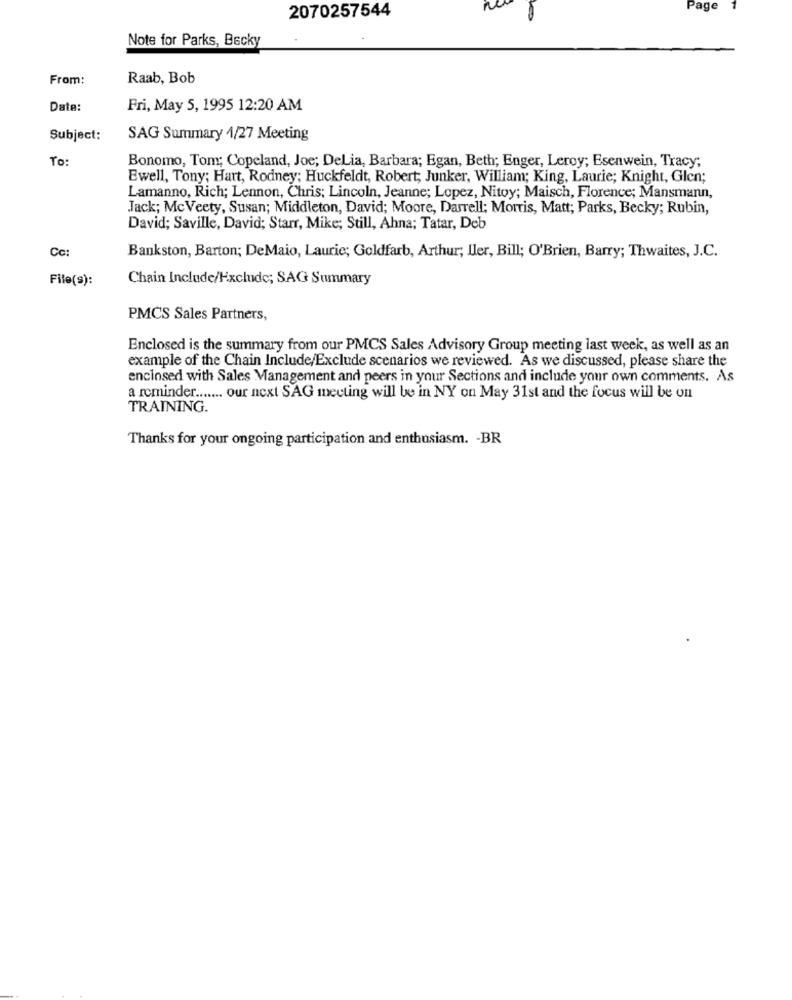
2070257544
Page
Note for Parks, Becky
From:
Raab, Bob
Date:
Fri, May 5, 1995 12:20 AM
Subject:
SAG Summary 4/27 Meeting
To:
Bonomo, Tom; Copeland, Joe; DeLia, Barbara; Egan, Beth; Enger, Leroy; Esenwein, Tracy;
Ewell, Tony; Hart, Rodney; Huckfeldt, Robert; Junker, William; King, Laurie; Knight, Glen;
Lamanno, Rich; Lennon, Chris; Lincoln, Jeanne; Lopez, Nitoy; Maisch, Florence; Mansmann,
Jack; McVeety, Susan; Middleton, David; Moore, Darrell; Morris, Matt; Parks, Becky; Rubin,
David; Saville, David; Starr, Mike; Still, Ahna; Tatar, Deb
Cc:
Bankston, Barton; DeMaio, Laurie; Goldfarb, Arthur; ller, Bill; O'Brien, Barry; Thwaites, J.C.
File(9):
Chain Include/Exclude; SAG Summary
PMCS Sales Partners,
Enclosed is the summary from our PMCS Sales Advisory Group meeting last week, as well as an
example of the Chain Include/Exclude scenarios we reviewed. As we discussed, please share the
enclosed with Sales Management and peers in your Sections and include your own comments. As
a reminder ....... our next SAG meeting will be in NY on May 31st and the focus will be on
TRAINING.
Thanks for your ongoing participation and enthusiasm. - BR